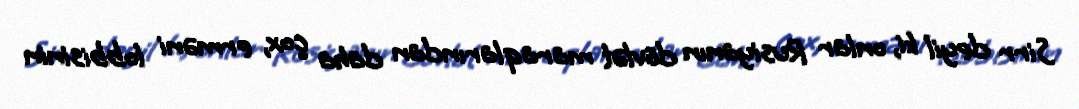
Sirr deyil ki, onlar Rusiyanın dövlət maraqlarından daha çox, erməni lobbisinin